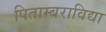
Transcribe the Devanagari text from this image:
पिताम्बराविद्या